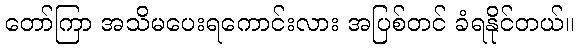
တော်ကြာ အသိမပေးရကောင်းလား အပြစ်တင် ခံရနိုင်တယ်။